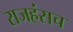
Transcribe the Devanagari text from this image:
राजहंसच